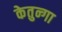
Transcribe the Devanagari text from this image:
केतुन्गा